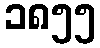
၁၈၅၅